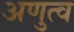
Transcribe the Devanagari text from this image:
अणुत्व